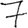
Digit: 7